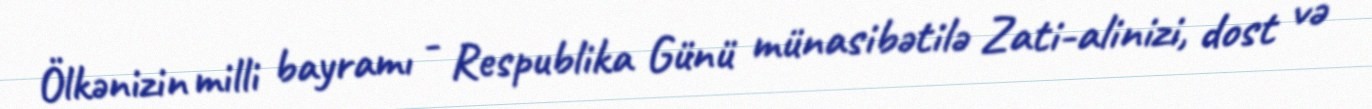
Ölkənizin milli bayramı - Respublika Günü münasibətilə Zati-alinizi, dost və